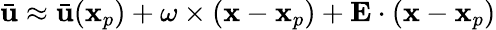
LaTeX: \bar{\mathbf{u}}\approx\bar{\mathbf{u}}(\mathbf{x}_{p})+\mathbf{\omega}\times(\mathbf{x}-\mathbf{x}_{p})+\mathbf{E}\cdot(\mathbf{x}-\mathbf{x}_{p})